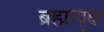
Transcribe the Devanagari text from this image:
ब्रह्मावृक्ष